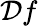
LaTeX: \mathcal{D}f